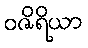
ဝဇိရိယာ